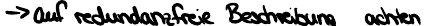
-> auf redundanzfreie Beschreibung achten